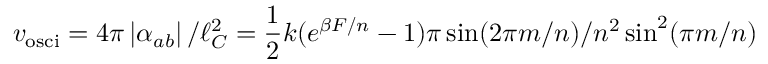
v _ { \mathrm { o s c i } } = 4 \pi \left| \alpha _ { a b } \right| / \ell _ { C } ^ { 2 } = \frac 1 2 k ( e ^ { \beta F / n } - 1 ) \pi \sin ( 2 \pi m / n ) / n ^ { 2 } \sin ^ { 2 } ( \pi m / n )